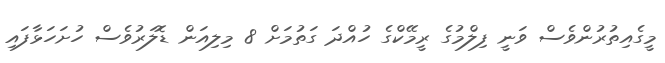
މީގެއިތުރުންވެސް ވަނީ ފިލްމުގެ ރީމޭކްގެ ހުއްދަ ގަތުމަށް 8 މިލިއަން ޑޮލަރުވެސް ހުށަހަޅާފައި